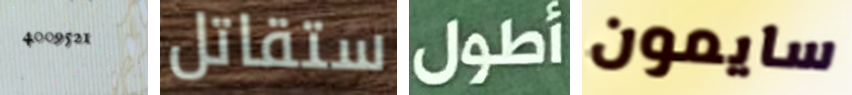
4009521 ستقاتل أطول سايمون